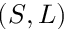
( S , L )